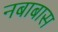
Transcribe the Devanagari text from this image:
नबाबास